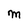
Character: M